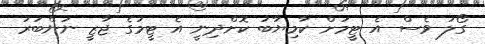
ގޯލު ވެސް އެ ޓީމަށް ކާމިޔާބު ކޮށްދިނީ އެ ޓީމުގެ ޖާޒީ ނަންބަރު